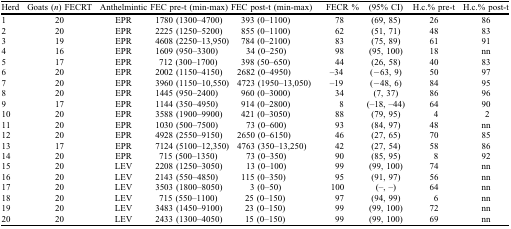
<table><thead><tr><td><b>Herd</b></td><td><b>Goats (<i>n</i>) FECRT</b></td><td><b>Anthelmintic</b></td><td><b>FEC pre-t (min-max)</b></td><td><b>FEC post-t (min-max)</b></td><td><b>FECR %</b></td><td><b>(95% CI)</b></td><td><b>H.c.% pre-t</b></td><td><b>H.c.% post-t</b></td></tr></thead><tbody><tr><td>1</td><td>20</td><td>EPR</td><td>1780 (1300–4700)</td><td>393 (0–1100)</td><td>78</td><td>(69, 85)</td><td>26</td><td>86</td></tr><tr><td>2</td><td>20</td><td>EPR</td><td>2225 (1250–5200)</td><td>855 (0–1100)</td><td>62</td><td>(51, 71)</td><td>48</td><td>83</td></tr><tr><td>3</td><td>19</td><td>EPR</td><td>4608 (2250–13,950)</td><td>784 (0–2100)</td><td>83</td><td>(75, 89)</td><td>61</td><td>91</td></tr><tr><td>4</td><td>16</td><td>EPR</td><td>1609 (950–3300)</td><td>34 (0–250)</td><td>98</td><td>(95, 100)</td><td>18</td><td>nn</td></tr><tr><td>5</td><td>17</td><td>EPR</td><td>712 (300–1700)</td><td>398 (50–650)</td><td>44 </td><td>(26, 58)</td><td>40</td><td>83</td></tr><tr><td>6</td><td>20</td><td>EPR</td><td>2002 (1150–4150)</td><td>2682 (0–4950)</td><td>–34</td><td>(−63, 9)</td><td>50</td><td>97</td></tr><tr><td>7</td><td>20</td><td>EPR</td><td>3960 (1150–10,550)</td><td>4723 (1950–13,050)</td><td>–19</td><td>(−48, 6)</td><td>84</td><td>95</td></tr><tr><td>8</td><td>20</td><td>EPR</td><td>1445 (950–2400)</td><td>960 (0–3000)</td><td>34 </td><td>(7, 37)</td><td>86</td><td>96</td></tr><tr><td>9</td><td>17</td><td>EPR</td><td>1144 (350–4950)</td><td>914 (0–2800)</td><td>8 </td><td>(–18, –44)</td><td>64</td><td>90</td></tr><tr><td>10</td><td>20</td><td>EPR</td><td>3588 (1900–9900)</td><td>421 (0–3050)</td><td>88</td><td>(79, 95)</td><td>4</td><td>2</td></tr><tr><td>11</td><td>20</td><td>EPR</td><td>1030 (500–7500)</td><td>73 (0–600)</td><td>93</td><td>(84, 97)</td><td>48</td><td>nn</td></tr><tr><td>12</td><td>20</td><td>EPR</td><td>4928 (2550–9150)</td><td>2650 (0–6150)</td><td>46</td><td>(27, 65)</td><td>70</td><td>85</td></tr><tr><td>13</td><td>17</td><td>EPR</td><td>7124 (5100–12,350)</td><td>4763 (350–13,250)</td><td>42</td><td>(27, 54)</td><td>58</td><td>86</td></tr><tr><td>14</td><td>20</td><td>EPR</td><td>715 (500–1350)</td><td>73 (0–350)</td><td>90</td><td>(85, 95)</td><td>8</td><td>92</td></tr><tr><td>15</td><td>20</td><td>LEV</td><td>2208 (1250–3050)</td><td>13 (0–100)</td><td>99</td><td>(99, 100)</td><td>74</td><td>nn</td></tr><tr><td>16</td><td>20</td><td>LEV</td><td>2143 (550–4850)</td><td>115 (0–350)</td><td>95</td><td>(91, 97)</td><td>56</td><td>nn</td></tr><tr><td>17</td><td>20</td><td>LEV</td><td>3503 (1800–8050)</td><td>3 (0–50)</td><td>100</td><td>(–, –)</td><td>64</td><td>nn</td></tr><tr><td>18</td><td>20</td><td>LEV</td><td>715 (550–1100)</td><td>25 (0–150)</td><td>97</td><td>(94, 99)</td><td>6</td><td>nn</td></tr><tr><td>19</td><td>20</td><td>LEV</td><td>3483 (1450–9100)</td><td>23 (0–150)</td><td>99</td><td>(99, 100)</td><td>72</td><td>nn</td></tr><tr><td>20</td><td>20</td><td>LEV</td><td>2433 (1300–4050)</td><td>15 (0–150)</td><td>99</td><td>(99, 100)</td><td>69</td><td>nn</td></tr></tbody></table>